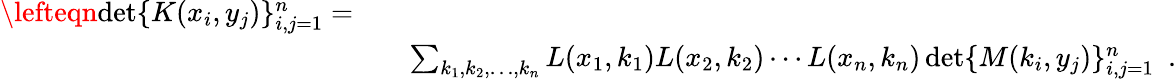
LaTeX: \begin{array}{rlr}{\lefteqn{\operatorname*{det}\{ K(x_{i},y_{j})\} _{i,j=1}^{n}=}}\\ &{}&{\sum_{k_{1},k_{2},\ldots,k_{n}}L(x_{1},k_{1})L(x_{2},k_{2})\cdots L(x_{n},k_{n})\operatorname*{det}\{ M(k_{i},y_{j})\} _{i,j=1}^{n}~~.}\end{array}